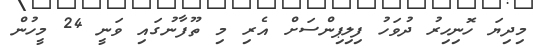
މިދިޔަ ހޮނިހިރު ދުވަހު ފިލިޕިންސަށް އެރި މި ތޫފާނުގައި ވަނީ 24 މީހުން